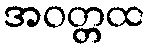
အဝတ္တထ